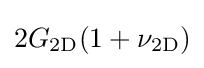
2G_{\mathrm {2D} }(1+\nu _{\mathrm {2D} })